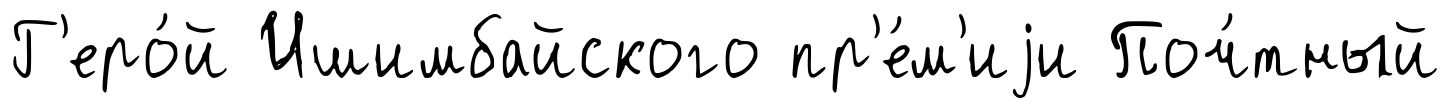
Г'еро́й Ишимбайского пр'е́м'иjи Поч́тный